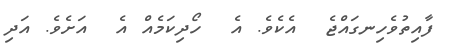
ފާއިތުވެހިނގައްޖެ  އެކެވެ. އެ  ހޯދިކަމެއް އެ  އަށެވެ. އަދި